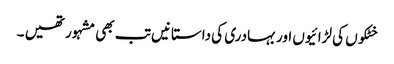
خٹکوں کی لڑائیوں اور بہادری کی داستانیں تب بھی مشہور تھیں ۔